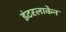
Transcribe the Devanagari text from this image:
इंटरलाकेन